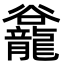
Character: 𪚡